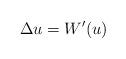
LaTeX: \begin{align*}\Delta u=W^\prime(u)\end{align*}